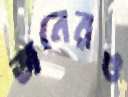
জনেরও